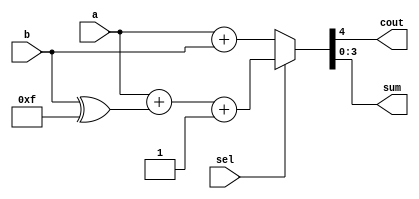
module AddSub4 (
    a,
    b,
    sel,
    cout,
    sum
);
    input [3:0] a, b;
    input sel;
    output [3:0] sum;
    output cout;

    assign {cout, sum} = sel ? {1'b0, a} + {1'b0, b ^ 4'b1111} + 1 : {1'b0, a} + {1'b0, b};
endmodule